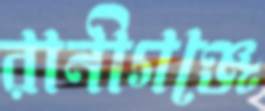
রানীগঞ্জে